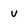
Character: V